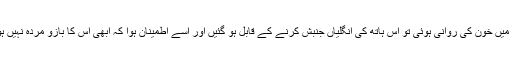
دائیں بازو کی رگوں میں خون کی روانی ہوئی تو اس ہاتھ کی انگلیاں جنبش کرنے کے قابل ہو گئیں اور اسے اطمینان ہوا کہ ابھی اس کا بازو مردہ نہیں ہوا ہے لیکن کب تک؟